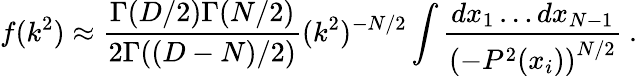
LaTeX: f(k^{2})\approx\frac{\Gamma(D/2)\Gamma(N/2)}{2\Gamma((D-N)/2)}(k^{2})^{-N/2}\int\frac{dx_{1}\ldots dx_{N-1}}{\left(-P^{2}(x_{i})\right)^{N/2}}\ .